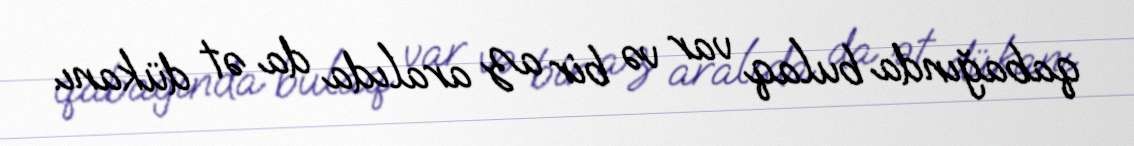
qabağında bulaq var və bir az aralıda da ət dükanı.